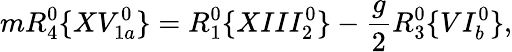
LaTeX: mR_{4}^{0}\{ XV_{1a}^{0}\} =R_{1}^{0}\{ XIII_{2}^{0}\} -\frac{g}{2}R_{3}^{0}\{ VI_{b}^{0}\} ,